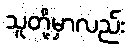
သူတို့မှာလည်း